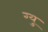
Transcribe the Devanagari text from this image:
ग्यु